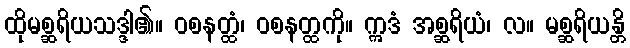
ထိုမစ္ဆရိယသဒ္ဒါ၏။ ဝစနတ္ထံ၊ ဝစနတ္ထကို။ ဣဒံ အစ္ဆရိယံ၊ လ။ မစ္ဆရိယန္တိ